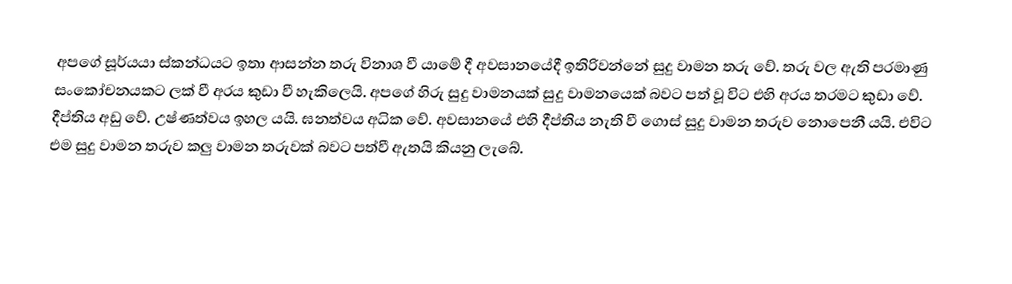
අපගේ සූර්යයා ස්කන්ධයට ඉතා ආසන්න තරු විනාශ වී යාමේ දී අවසානයේදී ඉතිරිවන්නේ සුදු වාමන තරු වේ. තරු වල ඇති පරමාණු සංකෝචනයකට ලක් වී අරය කුඩා වී හැකිලෙයි. අපගේ හිරු සුදු වාමනයක් සුදු වාමනයෙක් බවට පත් වූ විට එහි අරය තරමට කුඩා වේ. දීප්තිය අඩු වේ. උෂ්ණත්වය ඉහල යයි. ඝනත්වය අධික වේ. අවසානයේ එහි දීප්තිය නැති වී ගොස් සුදු වාමන තරුව නොපෙනී යයි. එවිට එම සුදු වාමන තරුව කලු වාමන තරුවක් බවට පත්වී ඇතයි කියනු ලැබේ.